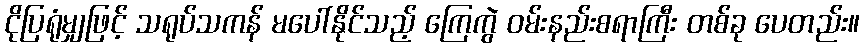
ငိုပြရုံမျှဖြင့် သရုပ်သကန် မပေါ်နိုင်သည့် ကြေကွဲ ဝမ်းနည်းစရာကြီး တစ်ခု ပေတည်း။